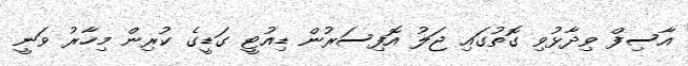
އާސިފް ވިދާޅުވި ގޮތުގައި ޖަލު އޮފިސަރުން ޑިއުޓީ ގަޑީގެ ކުރިން މިހާރު ވަނީ